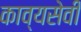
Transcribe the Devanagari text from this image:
काव्यसेवी